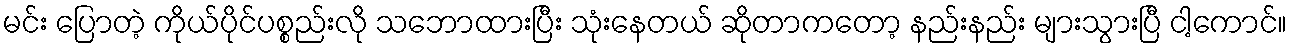
မင်း ပြောတဲ့ ကိုယ်ပိုင်ပစ္စည်းလို သဘောထားပြီး သုံးနေတယ် ဆိုတာကတော့ နည်းနည်း များသွားပြီ ငါ့ကောင်။